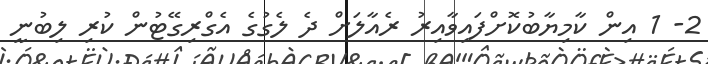
2- 1 އިން ކާމިޔާބުކޮށްފައިވާއިރު ރެއާލަށް ދެ ލެގުގެ އެގްރިގޭޓުން ކުރި ލިބުނީ